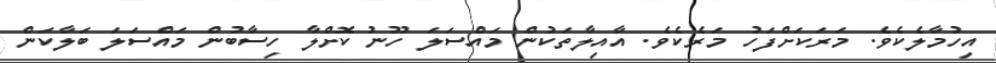
އިހުމާލެކެވެ. މަރަކަށްފަހު މަރެކެވެ. އާއިލާތަކުން މައްސަލަ ހޫނު ކޮށްލާ ހިސާބުން މައްސަލަ ބަލާކަން